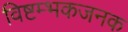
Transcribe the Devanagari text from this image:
विष्टम्भकजनक